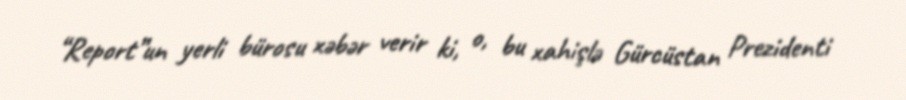
“Report”un yerli bürosu xəbər verir ki, o, bu xahişlə Gürcüstan Prezidenti